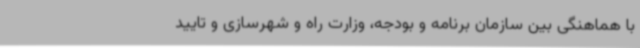
با هماهنگی بین سازمان برنامه و بودجه، وزارت راه و شهرسازی و تایید